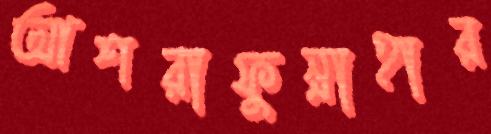
আশরাফুন্নাহার